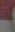
.